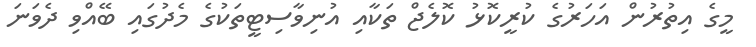
މީގެ އިތުރުން އަހަރުގެ ކުރީކޮޅު ކޮލެޖް ތަކާއި އުނިވާސިޓީތަކުގެ މެދުގައި ބޭއްވި ދެވަނަ